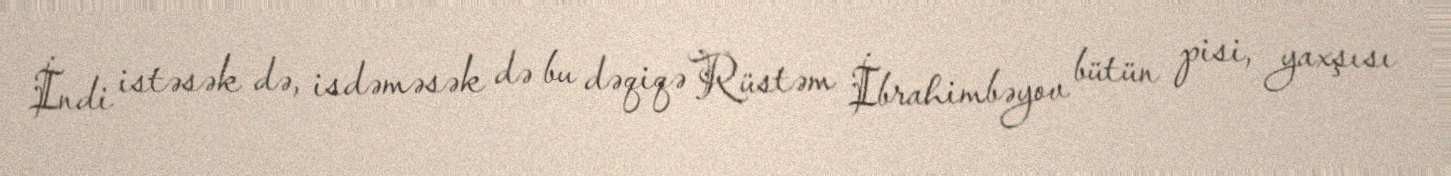
İndi istəsək də, isdəməsək də bu dəqiqə Rüstəm İbrahimbəyov bütün pisi, yaxşısı